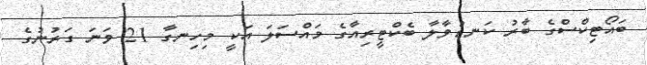
ބައޯޓިކްސްގެ ބާރު ކަނޑުވާލާ ބެކްޓީރިއާގެ މައްސަލަ އަކީ މިހިނގާ 21 ވަނަ ގަރުނުގެ